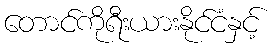
တောင်ကိုရီးယားနိုင်ငံနှင့်